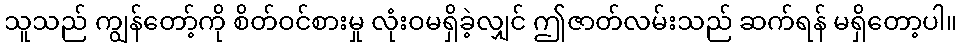
သူသည် ကျွန်တော့်ကို စိတ်ဝင်စားမှု လုံးဝမရှိခဲ့လျှင် ဤဇာတ်လမ်းသည် ဆက်ရန် မရှိတော့ပါ။